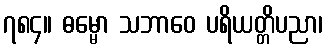
၇၈၄။ ဓမ္မော သဘာဝေ ပရိယတ္တိပညာ၊